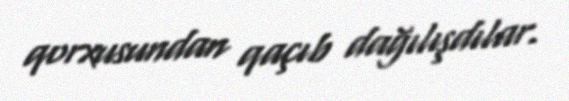
qorxusundan qaçıb dağılışdılar.